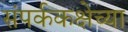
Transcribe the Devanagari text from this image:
संपर्ककक्षेच्या